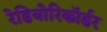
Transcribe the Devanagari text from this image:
रेडियोरिकॉर्डर